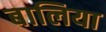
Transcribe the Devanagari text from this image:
बालिया